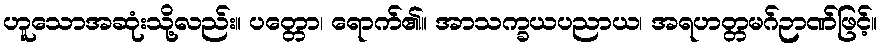
ဟူသောအဆုံးသို့လည်း။ ပတ္တော၊ ရောက်၏။ အာသက္ခယပညာယ၊ အရဟတ္တမဂ်ဉာဏ်ဖြင့်။